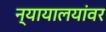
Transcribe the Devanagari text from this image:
न्यायालयांवर